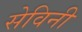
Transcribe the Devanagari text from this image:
सेविनी